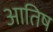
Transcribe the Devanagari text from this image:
आतिष